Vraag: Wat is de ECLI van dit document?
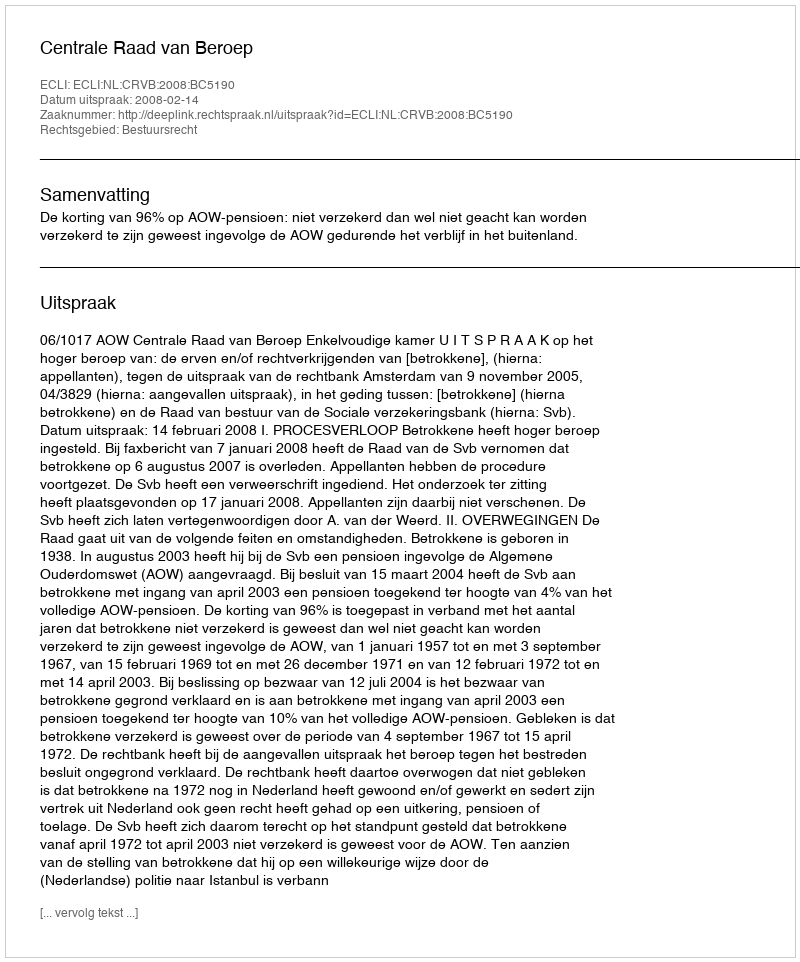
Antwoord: ECLI:NL:CRVB:2008:BC5190